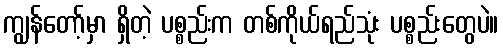
ကျွန်တော့်မှာ ရှိတဲ့ ပစ္စည်းက တစ်ကိုယ်ရည်သုံး ပစ္စည်းတွေပဲ။